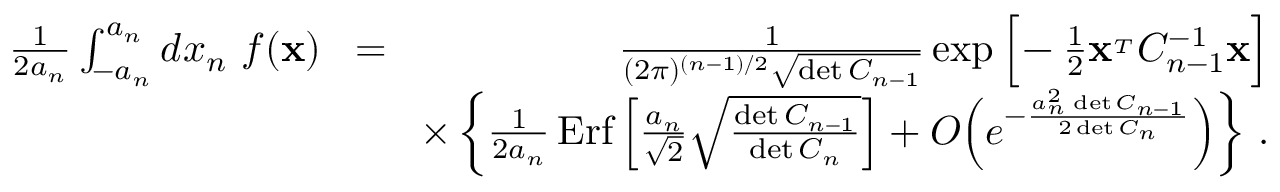
\begin{array} { r l r } { { \frac { 1 } { 2 a _ { n } } } \int _ { - a _ { n } } ^ { a _ { n } } d x _ { n } \ f ( { \bf x } ) } & { \! = \! } & { { \frac { 1 } { ( 2 \pi ) ^ { ( n - 1 ) / 2 } \sqrt { \operatorname* { d e t } C _ { n - 1 } } } } \exp \Big [ \! - { \frac { 1 } { 2 } } { \bf x } ^ { _ T } C _ { n - 1 } ^ { - 1 } { \bf x } \Big ] } \\ & { } & { \times \left\{ { \frac { 1 } { 2 a _ { n } } } \, \mathrm { E r f } \left[ { \frac { a _ { n } } { \sqrt 2 } } \sqrt { \frac { \operatorname* { d e t } C _ { n - 1 } } { \operatorname* { d e t } C _ { n } } } \right] + { \cal O } \Big ( e ^ { - { \frac { a _ { n } ^ { 2 } \, \operatorname* { d e t } C _ { n - 1 } } { 2 \operatorname* { d e t } C _ { n } } } } \Big ) \right\} \, . } \end{array}